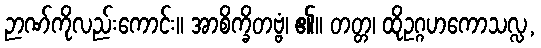
ဉာဏ်ကိုလည်းကောင်း။ အာစိက္ခိတဗ္ဗံ၊ ၏။ တတ္တ၊ ထိုဥဂ္ဂဟကောသလ္လ,